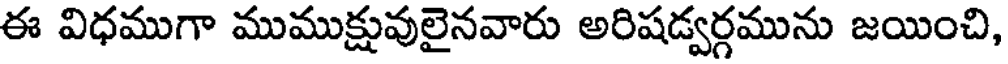
ఈ విధముగా ముముక్షువులైనవారు అరిషడ్వర్గమును జయించి,